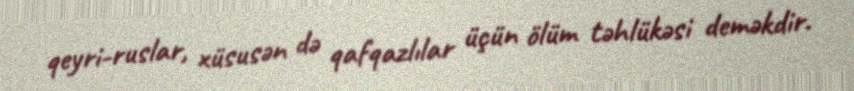
qeyri-ruslar, xüsusən də qafqazlılar üçün ölüm təhlükəsi deməkdir.